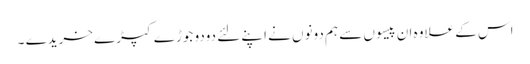
اس کے علاوہ ان پیسوں سے ہم دونوں نے اپنے لئے دودو جوڑے کپڑے خریدے ۔